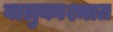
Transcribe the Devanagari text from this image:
वालुकाश्मात